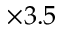
\times 3 . 5